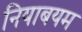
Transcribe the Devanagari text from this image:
नियाबयम